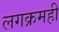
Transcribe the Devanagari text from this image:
लगक्रमही